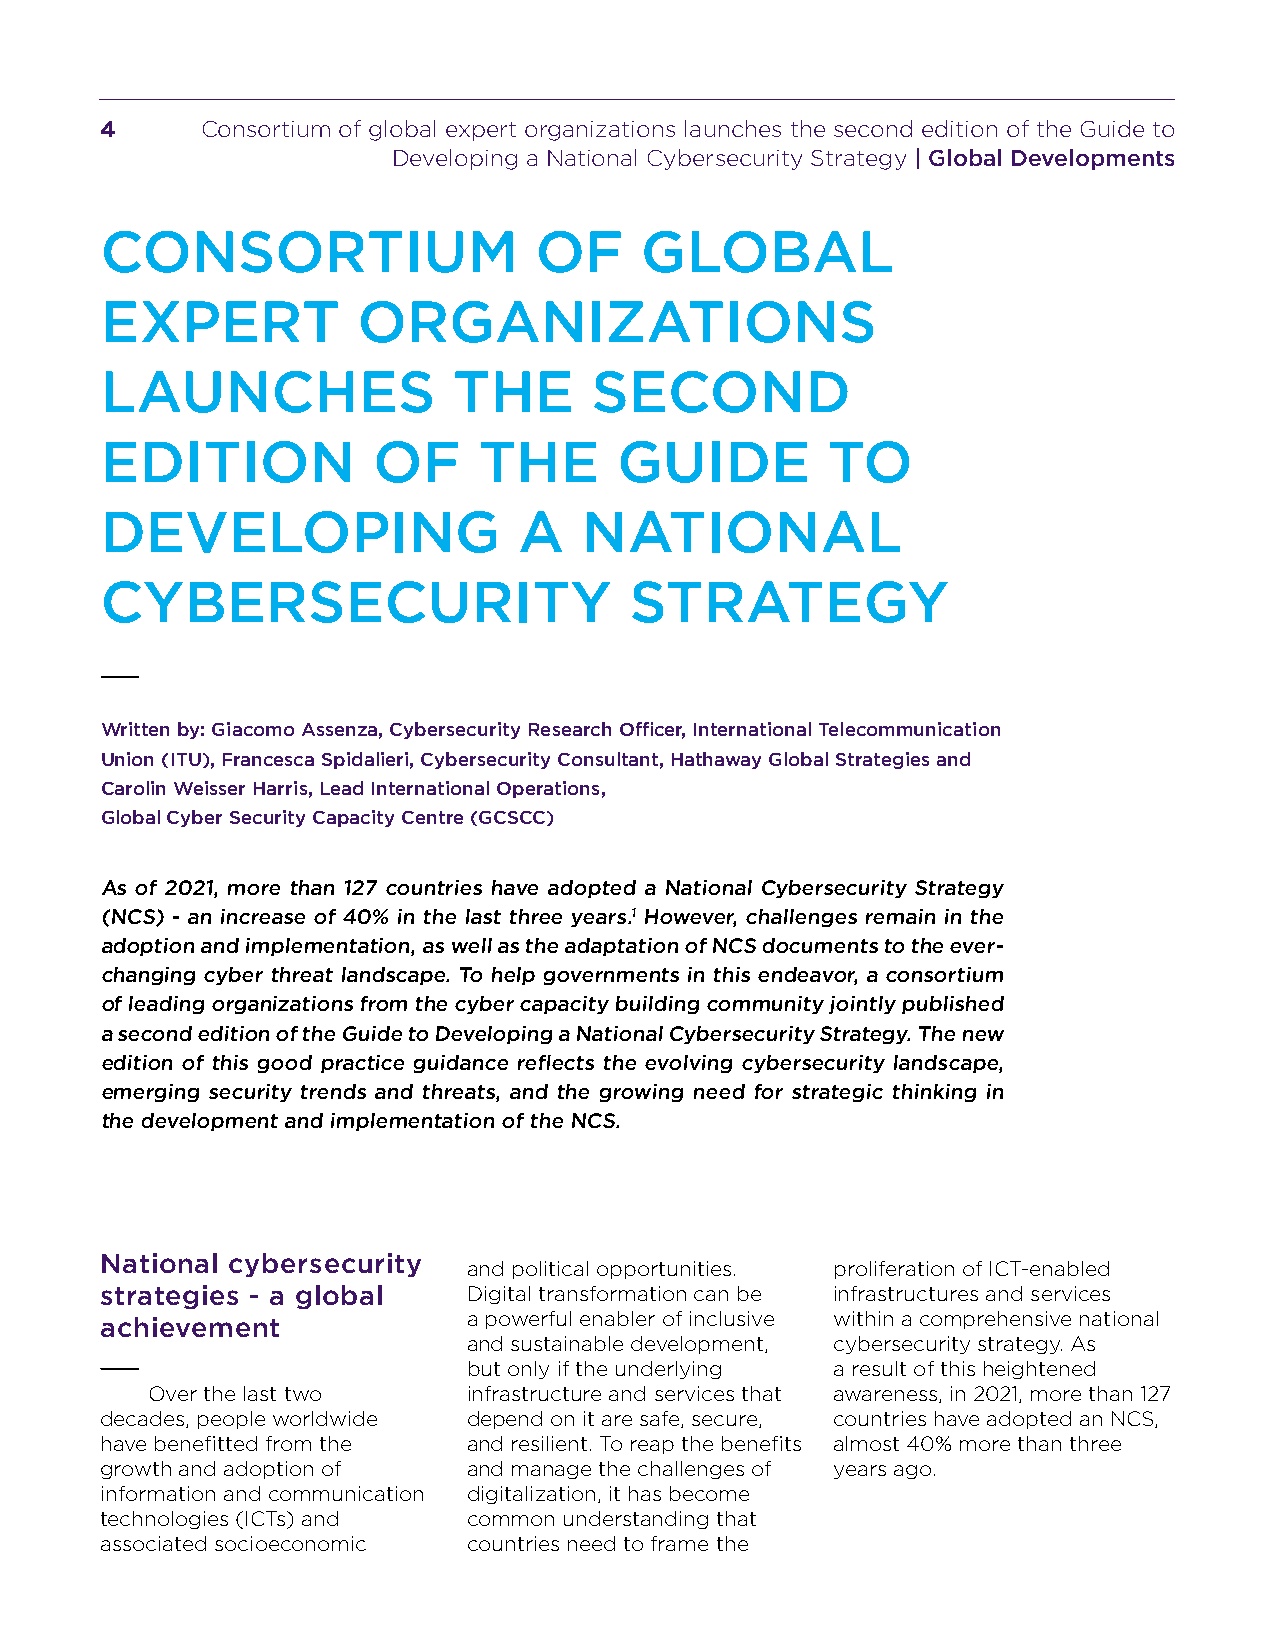
4     Consortium of global expert organizations launches the second edition of the Guide to
 Developing a National Cybersecurity Strategy | Global Developments
 CONSORTIUM                  OF     GLOBAL
 EXPERT           ORGANIZATIONS
 LAUNCHES               THE      SECOND
 EDITION           OF     THE      GUIDE         TO
 DEVELOPING                 A    NATIONAL
 CYBERSECURITY                      STRATEGY
 Written by: Giacomo Assenza, Cybersecurity Research Officer, International Telecommunication
 Union (ITU), Francesca Spidalieri, Cybersecurity Consultant, Hathaway Global Strategies and
 Carolin Weisser Harris, Lead International Operations,
 Global Cyber Security Capacity Centre (GCSCC)
 As of 2021, more than 127 countries have adopted a National Cybersecurity Strategy
 (NCS) - an increase of 40% in the last three years.1 However, challenges remain in the
 adoption and implementation, as well as the adaptation of NCS documents to the ever-
 changing cyber threat landscape. To help governments in this endeavor, a consortium
 of leading organizations from the cyber capacity building community jointly published
 a second edition of the Guide to Developing a National Cybersecurity Strategy. The new
 edition of this good practice guidance reflects the evolving cybersecurity landscape,
 emerging security trends and threats, and the growing need for strategic thinking in
 the development and implementation of the NCS.
 National cybersecurity
 and political opportunities. proliferation of ICT-enabled
 strategies - a global   Digital transformation can be infrastructures and services
 a powerful enabler of inclusive within a comprehensive national
 achievement
 and sustainable development, cybersecurity strategy. As
 but only if the underlying a result of this heightened
 Over the last two    infrastructure and services that awareness, in 2021, more than 127
 decades, people worldwide depend on it are safe, secure, countries have adopted an NCS,
 have benefitted from the and resilient. To reap the benefits almost 40% more than three
 growth and adoption of  and manage the challenges of years ago.
 information and communication digitalization, it has become
 technologies (ICTs) and common understanding that
 associated socioeconomic countries need to frame the